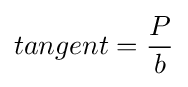
tangent={\frac {P}{b}}